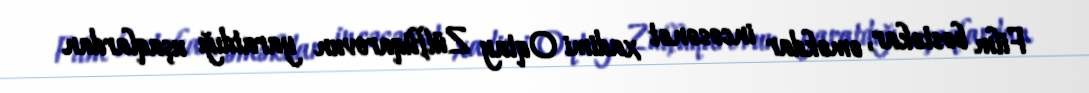
Film bəstəkar, əməkdar incəsənət xadimi Oqtay Zülfüqarovun yaratdığı uşaqlardan